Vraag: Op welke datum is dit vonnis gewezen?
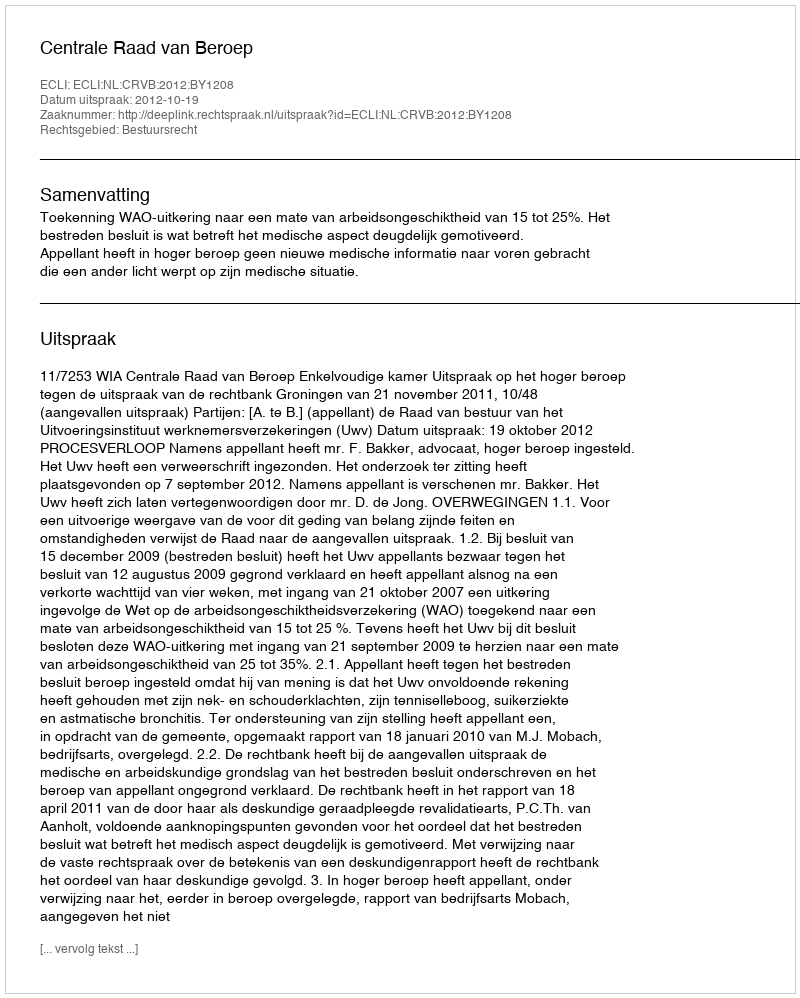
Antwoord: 2012-10-19